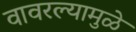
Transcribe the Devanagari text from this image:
वावरल्यामुळे